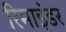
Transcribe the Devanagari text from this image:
रिमाइंडर